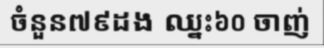
ចំនួន៧៩ដង ឈ្នះ៦០ ចាញ់